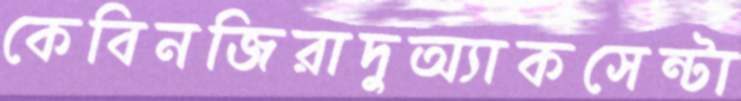
কেবিনজিরাদুঅ্যাকসেন্টা